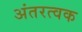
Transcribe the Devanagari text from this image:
अंतरत्‍वक